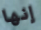
إنها